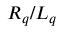
R _ { q } / L _ { q }